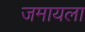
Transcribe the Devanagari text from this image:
जमायला